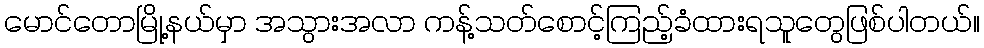
မောင်တောမြို့နယ်မှာ အသွားအလာ ကန့်သတ်စောင့်ကြည့်ခံထားရသူတွေဖြစ်ပါတယ်။